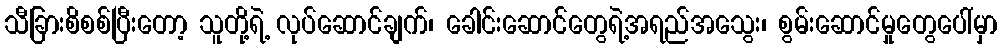
သီခြားစိစစ်ပြီးတော့ သူတို့ရဲ့ လုပ်ဆောင်ချက်၊ ခေါင်းဆောင်တွေရဲ့အရည်အသွေး၊ စွမ်းဆောင်မှုတွေပေါ်မှာ